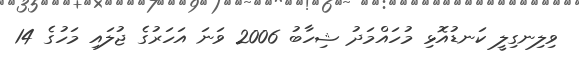
ވިލިނގިލީ ކަނޑުއޮޅި މުހައްމަދު ޝިހާބު 2006 ވަނަ އަހަރުގެ ޖުލައި މަހުގެ 14